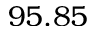
9 5 . 8 5